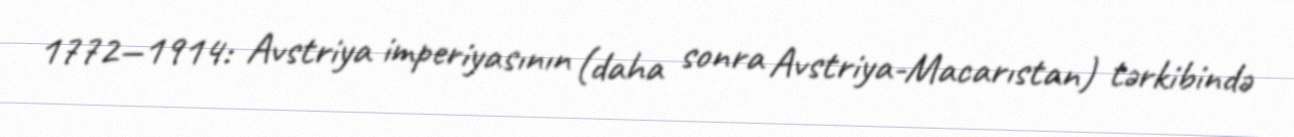
1772—1914: Avstriya imperiyasının (daha sonra Avstriya-Macarıstan) tərkibində